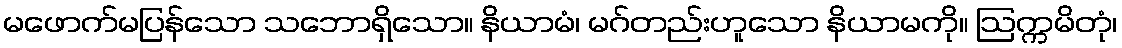
မဖောက်မပြန်သော သဘောရှိသော။ နိယာမံ၊ မဂ်တည်းဟူသော နိယာမကို။ ဩက္ကမိတုံ၊